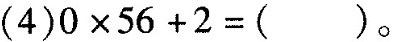
(4)$$0 × 5 6 + 2 = ( )$$。